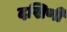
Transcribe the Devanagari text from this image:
दखिणी